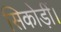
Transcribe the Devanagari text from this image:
सिकोड़ीं।